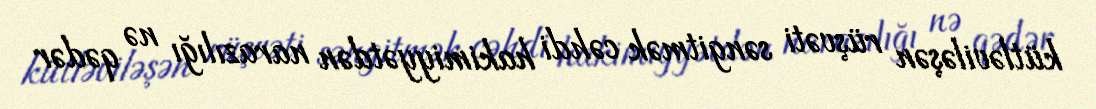
kütləviləşən rüşvəti səngitmək cəhdi hakimiyyətdən narazılığı nə qədər